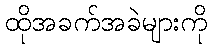
ထိုအခက်အခဲများကို